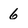
Character: 6